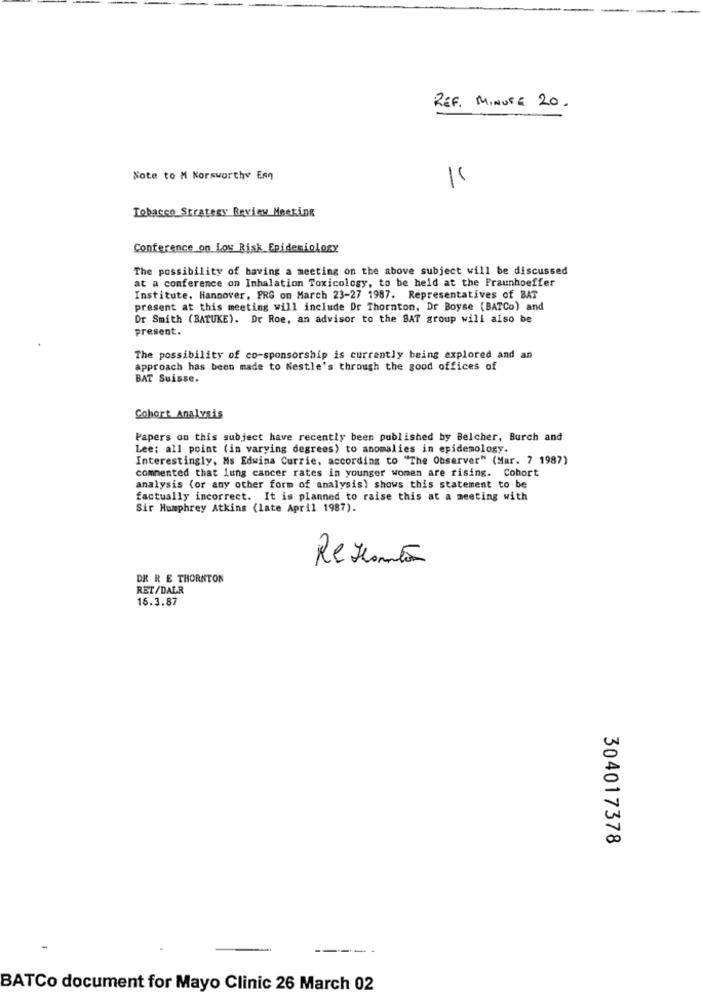
REF. MINUTE 20.
Note to M Korsworthy Enn
-
Tobacco Strategy Review Meeting
Conference on Low Risk EpidemioLogy
The possibility of having a meeting on the above subject will be discussed
at a conference on Inhalation Toxicology, to be held at the Fraunhoeffer
Institute. Hannover, PRG on March 23-27 1987. Representatives of BAT
present at this meeting will include Dr Thornton, Dr Boyse (BATCo) and
Dr Smith (BATUKE). Dr Roe, an advisor to the BAT group will also be
present.
The possibility of co-sponsorship is currently being explored and an
approach has been made to Nestle's through the good offices of
BAT Suisse.
Cohort Analysis
Papers on this subject have recently been published by Belcher, Burch and
Lee; all point (in varying degrees) to anomalies in epidemology.
Interestingly, Ms Edwina Currie, according to "The Observer" (Mar. 7 1987)
commented that lung cancer rates in younger women are rising. Cohort
analysis (or any other form of analysis) shows this statement to be
factually incorrect. It is planned to raise this at a meeting with
Sir Humphrey Atkins (late April 1987).
Reseantã
DR R E THORNTON
RET/DALR
16.3.87
304017378
BATCo document for Mayo Clinic 26 March 02